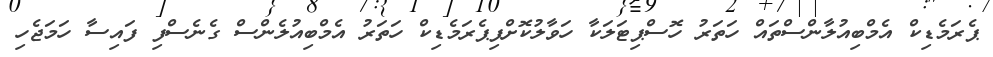
ޕެރަމެޑިކް އެމްބިއުލާންސްތައް ހަތަރު ހޮސްޕިޓަލަކާ ހަވާލުކޮށްފިޕެރަމެޑިކް ހަތަރު އެމްބިއުލެންސް ގެނެސްފި ފައިސާ ހަމަޖެހި